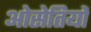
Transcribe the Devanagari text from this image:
ओसेतियों